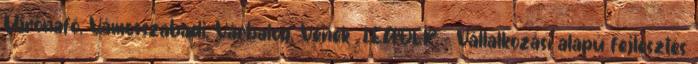
Újrónafő, Vámosszabadi, Várbalog, Vének ▪LEADER - Vállalkozási alapú fejlesztés